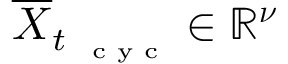
\overline { { \boldsymbol X } } _ { t _ { \mathrm { ~ \tiny ~ c ~ y ~ c ~ } } } \in \mathbb { R } ^ { \boldsymbol \nu }